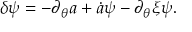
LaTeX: \delta \psi = - \partial _ { \theta } a + \dot { a } \psi - \partial _ { \theta } \xi \psi .